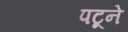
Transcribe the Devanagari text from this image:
पटूने